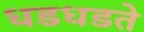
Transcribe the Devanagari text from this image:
धडधडते